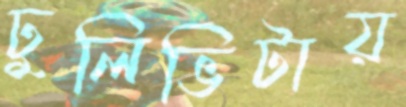
ঢুলিভিটায়